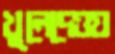
খুলেদেওয়